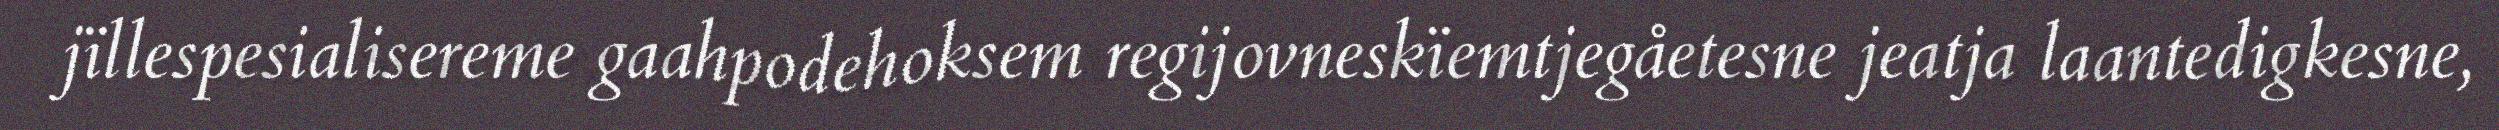
jïllespesialisereme gaahpodehoksem regijovneskïemtjegåetesne jeatja laantedigkesne,